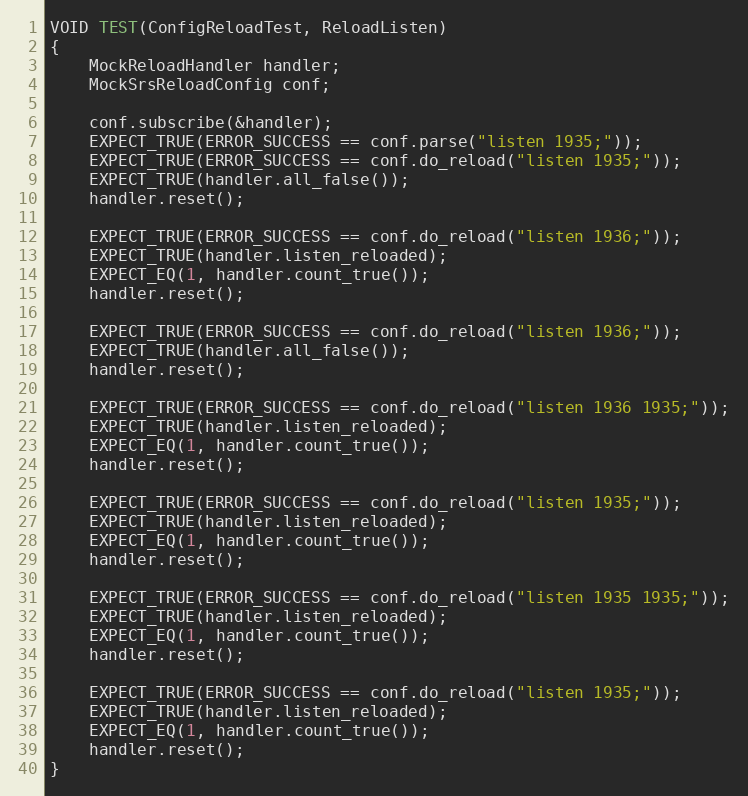
Language: C++
VOID TEST(ConfigReloadTest, ReloadListen)
{
    MockReloadHandler handler;
    MockSrsReloadConfig conf;

    conf.subscribe(&handler);
    EXPECT_TRUE(ERROR_SUCCESS == conf.parse("listen 1935;"));
    EXPECT_TRUE(ERROR_SUCCESS == conf.do_reload("listen 1935;"));
    EXPECT_TRUE(handler.all_false());
    handler.reset();

    EXPECT_TRUE(ERROR_SUCCESS == conf.do_reload("listen 1936;"));
    EXPECT_TRUE(handler.listen_reloaded);
    EXPECT_EQ(1, handler.count_true());
    handler.reset();

    EXPECT_TRUE(ERROR_SUCCESS == conf.do_reload("listen 1936;"));
    EXPECT_TRUE(handler.all_false());
    handler.reset();

    EXPECT_TRUE(ERROR_SUCCESS == conf.do_reload("listen 1936 1935;"));
    EXPECT_TRUE(handler.listen_reloaded);
    EXPECT_EQ(1, handler.count_true());
    handler.reset();

    EXPECT_TRUE(ERROR_SUCCESS == conf.do_reload("listen 1935;"));
    EXPECT_TRUE(handler.listen_reloaded);
    EXPECT_EQ(1, handler.count_true());
    handler.reset();

    EXPECT_TRUE(ERROR_SUCCESS == conf.do_reload("listen 1935 1935;"));
    EXPECT_TRUE(handler.listen_reloaded);
    EXPECT_EQ(1, handler.count_true());
    handler.reset();

    EXPECT_TRUE(ERROR_SUCCESS == conf.do_reload("listen 1935;"));
    EXPECT_TRUE(handler.listen_reloaded);
    EXPECT_EQ(1, handler.count_true());
    handler.reset();
}